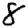
Digit: 8